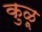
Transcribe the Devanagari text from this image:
कुळू